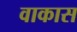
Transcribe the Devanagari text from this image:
वाकास